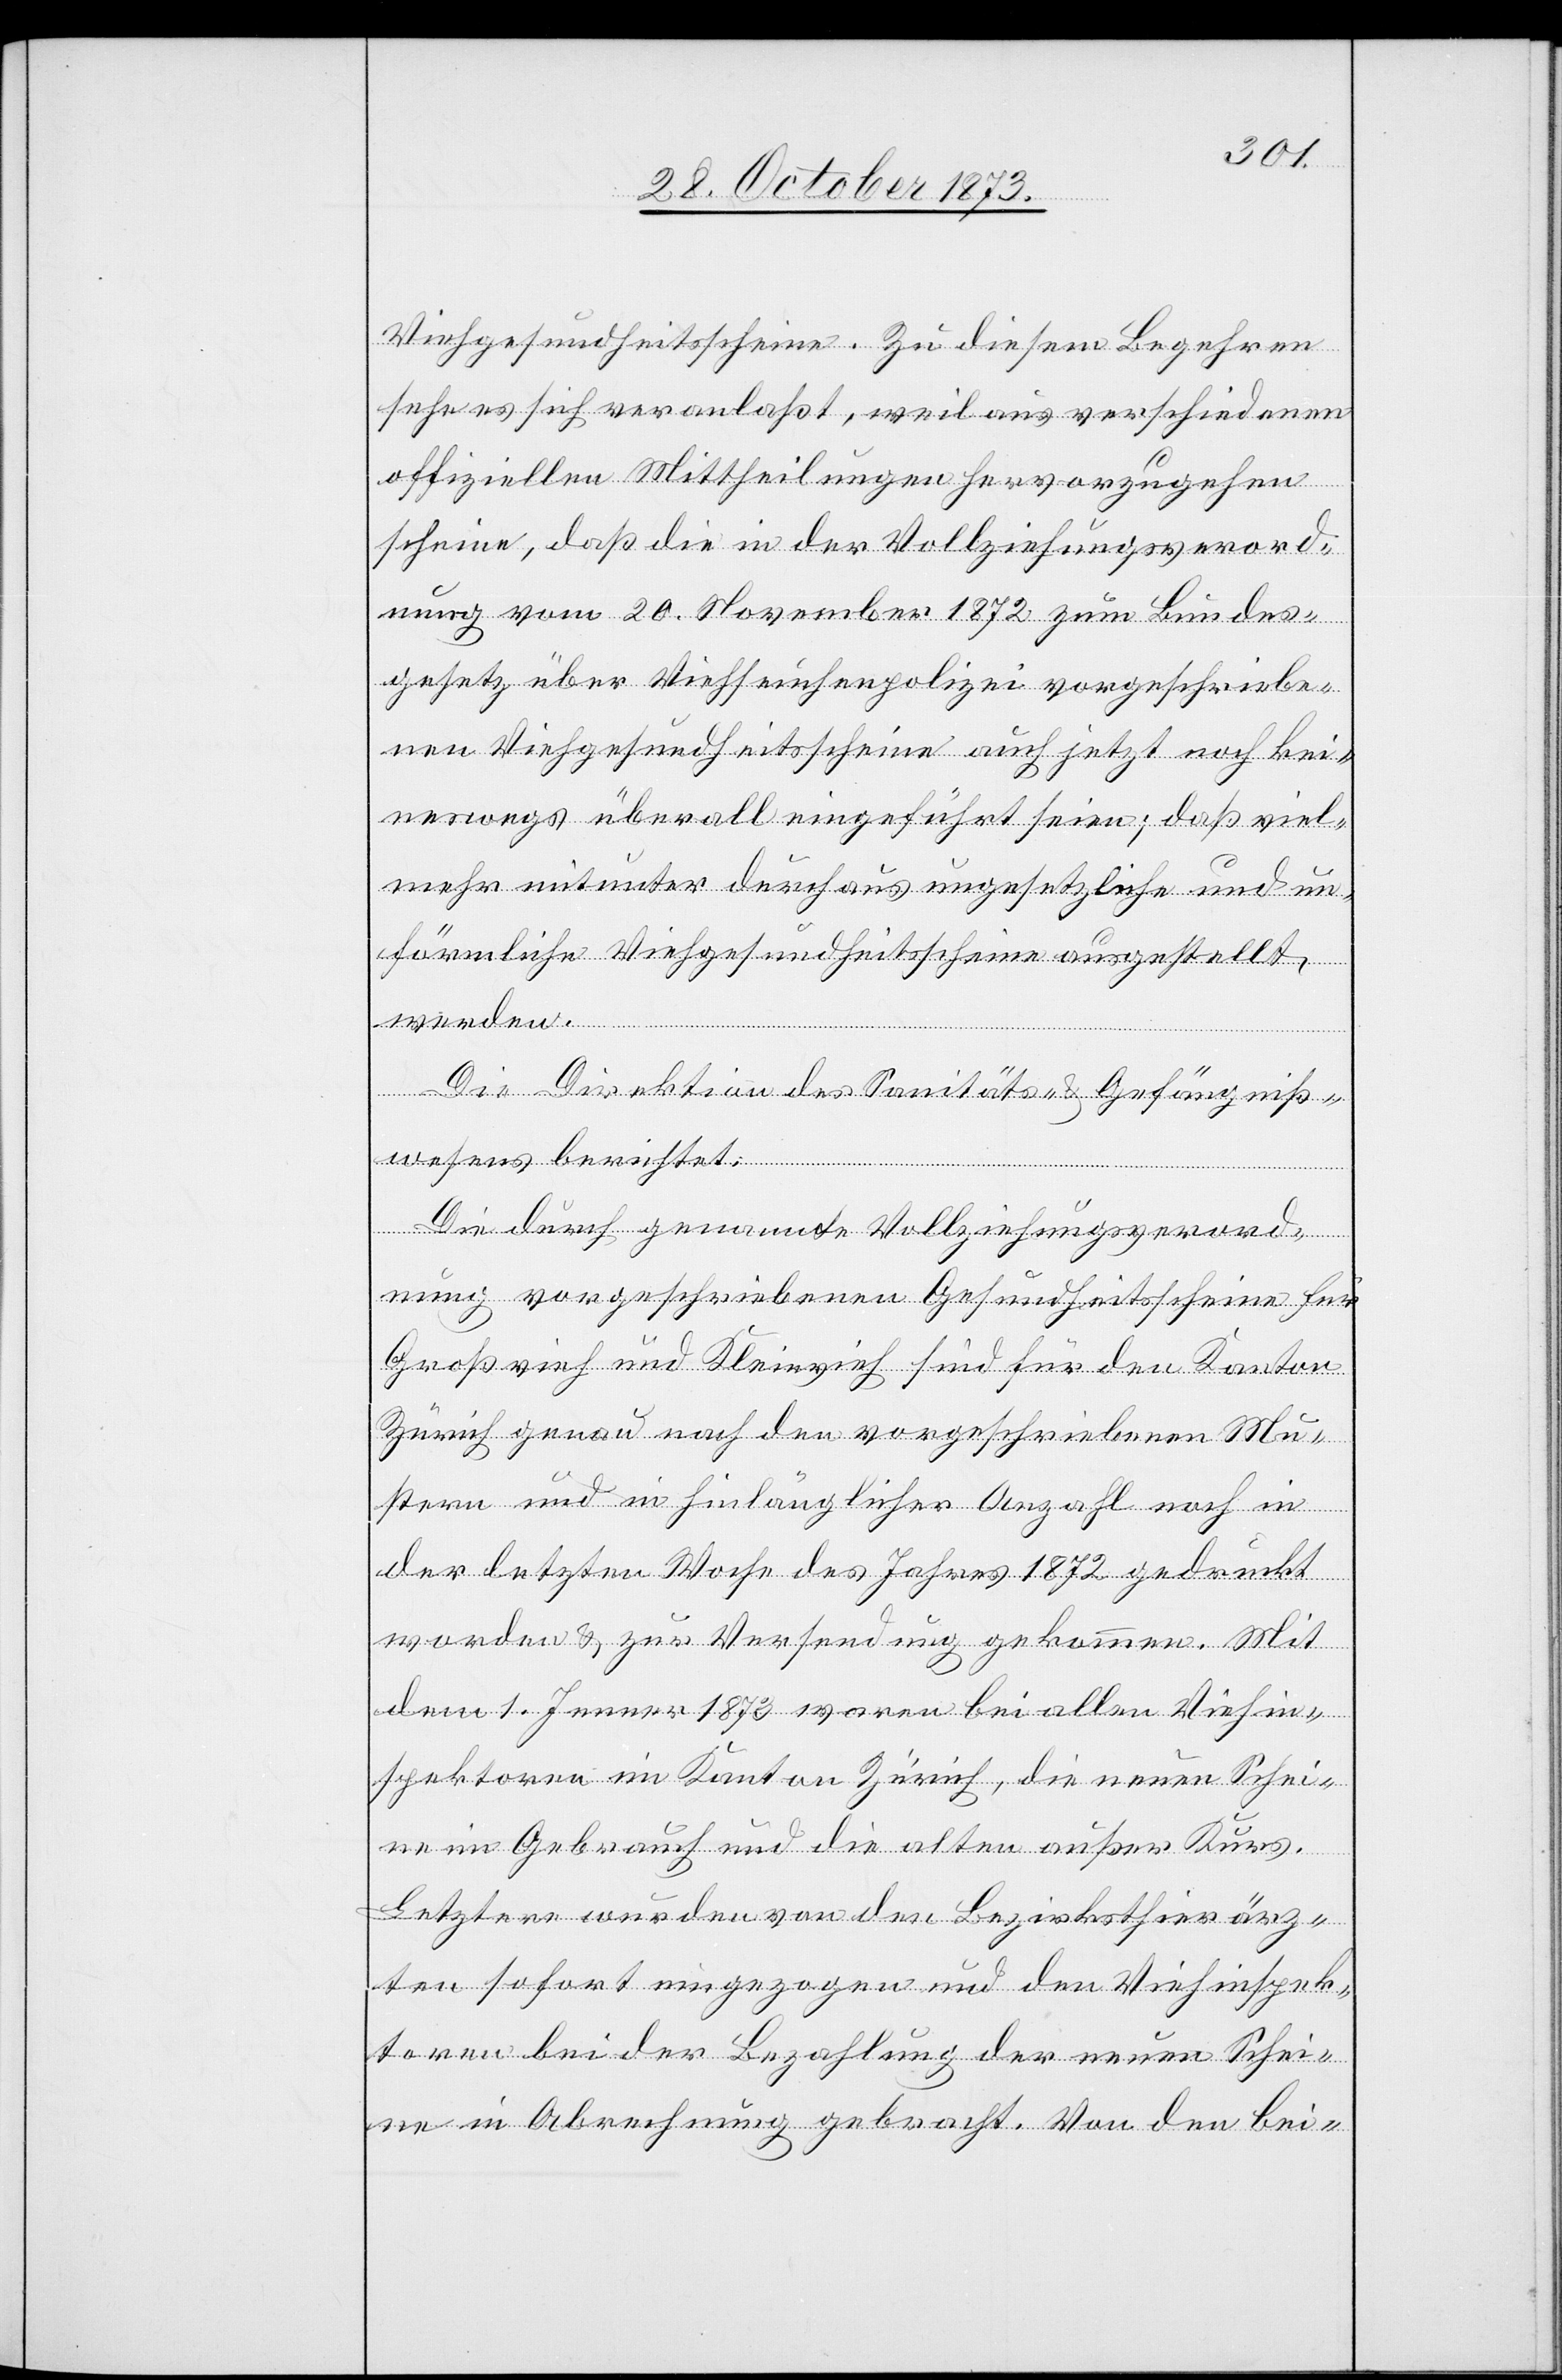
Viehgesundheitsscheine. Zu diesem Begehren
sehe es sich veranlaßt, weil aus verschiedenen
offiziellen Mittheilungen hervorzugehen
scheine, daß die in der Vollziehungsverord¬
nung vom 20. November 1872 zum Bundes¬
gesetz über Viehseuchenpolizei vorgeschriebe¬
nen Viehgesundheitsscheine auch jetzt noch kei¬
neswegs überall eingeführt seien; daß viel¬
mehr mitunter durchaus ungesetzliche und un¬
förmliche Viehgesundheitsscheine ausgestellt
werden.
Die Direktion des Sanitäts- & Gefängniß¬
wesens berichtet:
Die durch genannte Vollziehungsverord¬
nung vorgeschriebenen Gesundheitsscheine für
Großvieh und Kleinvieh sind für den Kanton
Zürich genau nach den vorgeschriebenen Mu¬
stern und in hinlänglicher Anzahl noch in
der letzten Woche des Jahres 1872 gedruckt
worden & zur Versendung gekommen. Mit
dem 1. Jenner 1873 waren bei allen Viehin¬
spektoren im Kanton Zürich, die neuen Schei¬
ne im Gebrauch und die alten außer Kurs.
Letztere wurden von den Bezirksthierärz¬
ten sofort eingezogen und den Viehinspek¬
toren bei der Bezahlung der neuen Schei¬
ne in Abrechnung gebracht. Von den bei-